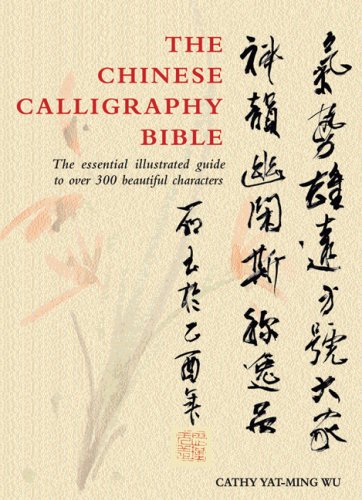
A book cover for The Chinese Calligraphy Bible: Essential Illustrated Guide to Over 300 Beautiful Characters; Yat-MingCathy Ho; Arts & Photography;